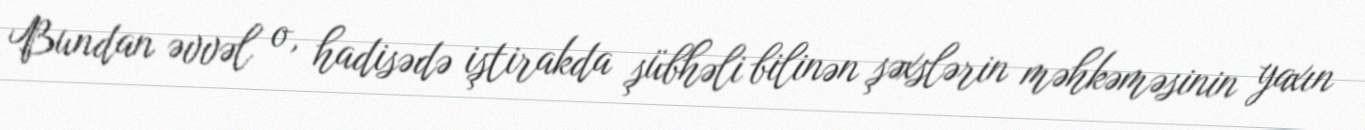
Bundan əvvəl o, hadisədə iştirakda şübhəli bilinən şəxslərin məhkəməsinin yaxın